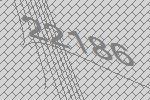
22186